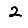
Digit: 2